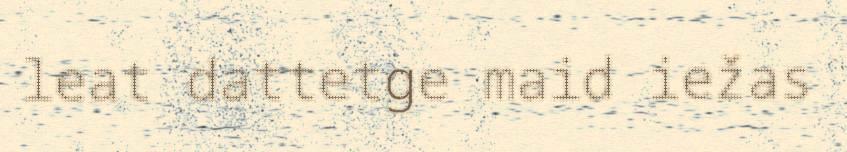
leat dattetge maid iežas